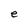
Character: e